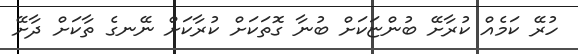
ހުރޭ ކަމެއް ކުރާށޭ ބުންޏަކަށް ބުނާ ގޮތަކަށް ކުރާކަށް ނޭނގެ ތާކަށް ދާށޭ